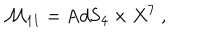
\mathcal { M } _ { 1 1 } = \mathrm { A d S } _ { 4 } \times X ^ { 7 } ~ ,